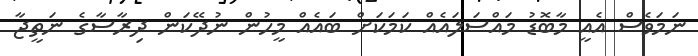
ނަމަވެސް އެއީ މާބޮޑު މައްސަލައެއް ކަމަކަށް ބައެއް މީހުން ނުދޭކަން ދިރާސާގެ ނަތީޖާ